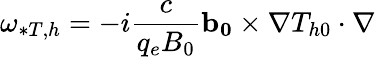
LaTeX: \omega_{*T,h}=-i\frac{c}{q_{e}B_{0}}\mathbf{b_{0}}\times\nabla T_{h0}\cdot\nabla